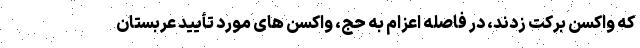
که واکسن برکت زدند، در فاصله اعزام به حج، واکسن های مورد تأیید عربستان